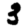
Digit: 3